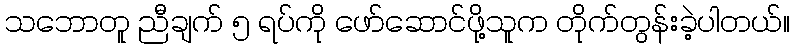
သဘောတူ ညီချက် ၅ ရပ်ကို ဖော်ဆောင်ဖို့သူက တိုက်တွန်းခဲ့ပါတယ်။